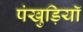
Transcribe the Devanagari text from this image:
पंखुड़ियॉ